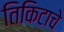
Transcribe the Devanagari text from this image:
तिकिटाचे